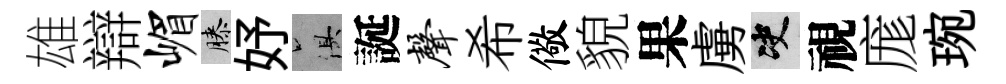
雄辯嵋膝妤俱誕声希儆貌果虜决視庬琬